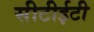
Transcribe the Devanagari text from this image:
सीटीईटी